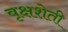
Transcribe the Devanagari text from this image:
वृक्षशेती